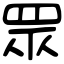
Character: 眾